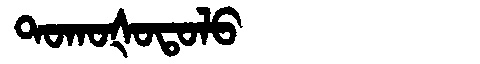
Manchu: ᡨᠣᡴᠣᡧᠣᡨᠣᠯᠣ
Romanization: TOKOŠOTOLO